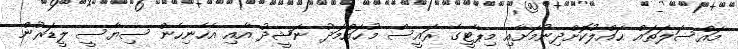
މައްސަލަތައް ޙައްލުކޮށްދިނުމަށާއި މިޕާޓީގެ ރައީސް މުޙައްމަދު ނަޝީދު އާއި އެހެނިހެން ސިޔާސީ ލީޑަރުން